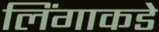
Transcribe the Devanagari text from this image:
लिंगाकडे